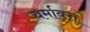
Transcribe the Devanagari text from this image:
चर्मावृत्त